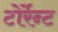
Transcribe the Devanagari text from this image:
टोर्रेन्ट